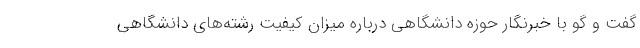
گفت و گو با خبرنگار حوزه دانشگاهی درباره میزان کیفیت رشته‌های دانشگاهی